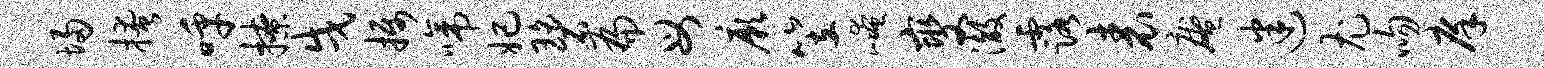
埽掩呼撩戌摄啼妃碧扁母厥笠崦燮澈露表庵迷尤吻庠